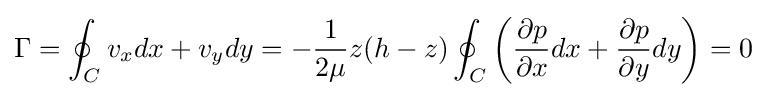
\Gamma =\oint _{C}v_{x}dx+v_{y}dy=-{\frac {1}{2\mu }}z(h-z)\oint _{C}\left({\frac {\partial p}{\partial x}}dx+{\frac {\partial p}{\partial y}}dy\right)=0